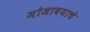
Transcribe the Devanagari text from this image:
मोजावयाचे